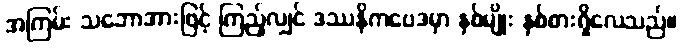
အကြမ်း သဘောအားဖြင့် ကြည့်လျှင် ဒဿနိကဗေဒမှာ နှစ်မျိုး နှစ်စားရှိလေသည်။